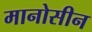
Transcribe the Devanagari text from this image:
मानोसीन